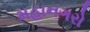
મહાનગરો